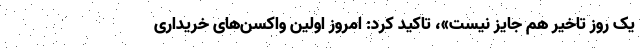
یک روز تاخیر هم جایز نیست»، تاکید کرد: امروز اولین واکسن‌های خریداری‌